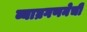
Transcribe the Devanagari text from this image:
व्याघ्रगणनेची